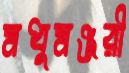
মধুমঞ্জরী